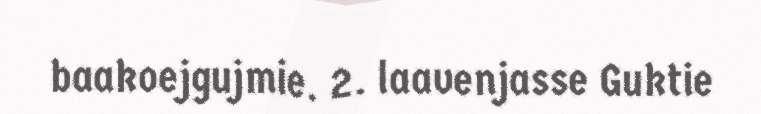
baakoejgujmie. 2. laavenjasse Guktie